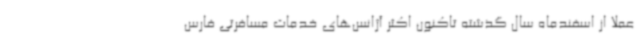
عملا از اسفندماه سال گذشته تاکنون اکثر آژانس‌های خدمات مسافرتی فارس